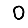
Digit: 0